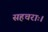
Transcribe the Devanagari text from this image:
सहचराः।